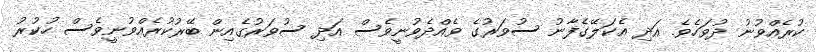
ކުރެއްވުނު ދުވަހެވެ. އަދި އެކަލޭގެފާނު ސުވަރުގެ ވެއްދެވުނީވެސް އަދި ސުވަރުގެއިން ބޭރުކުރެއްވުނީވެސް ހުކުރު